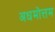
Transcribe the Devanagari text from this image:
अधमोत्तम